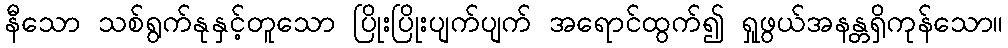
နီသော သစ်ရွက်နုနှင့်တူသော ပြိုးပြိုးပျက်ပျက် အရောင်ထွက်၍ ရှုဖွယ်အနန္တရှိကုန်သော။